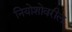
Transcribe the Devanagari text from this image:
नियोशोवरील